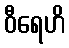
ဝီရေဟိ